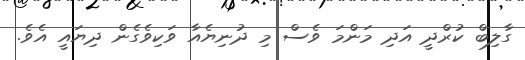
ގާލިބް ކުރްދީ އަދި މަންމަ ވެސް މި ދުނިޔެއާ ވަކިވެގެން ދިޔައީ އެވެ.